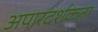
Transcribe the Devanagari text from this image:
अपारदर्शकता